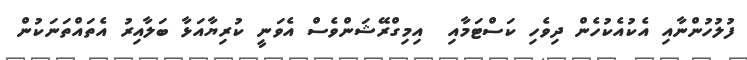
ފުލުހުންނާއި އެކުއެކުހެން ދިވެހި ކަސްޓަމާއި  އިމިގްރޭޝަންވެސް އެވަނީ ކުރިޔާއަޅާ ބަލާއިރު އެތައްތަނަކުން